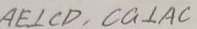
A E \bot C D , C G \bot A C